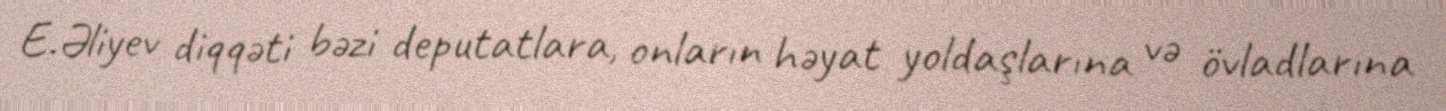
E.Əliyev diqqəti bəzi deputatlara, onların həyat yoldaşlarına və övladlarına